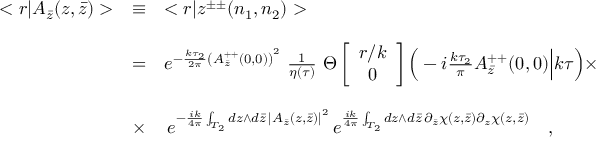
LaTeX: \begin{array} { r c l } { { < r | A _ { \bar { z } } ( z , \bar { z } ) > } } & { { \equiv } } & { { < r | z ^ { \pm \pm } ( n _ { 1 } , n _ { 2 } ) > } } \\ { { } } & { { } } & { { } } \\ { { } } & { { = } } & { { e ^ { - \frac { k \tau _ { 2 } } { 2 \pi } \left( A _ { \bar { z } } ^ { + + } ( 0 , 0 ) \right) ^ { 2 } } \ \frac { 1 } { \eta ( \tau ) } \ \Theta \left[ \begin{array} { c } { { r / k } } \\ { { 0 } } \end{array} \right] \Big ( - i \frac { k \tau _ { 2 } } { \pi } A _ { \bar { z } } ^ { + + } ( 0 , 0 ) \Big | k \tau \Big ) \times } } \\ { { } } & { { } } & { { } } \\ { { } } & { { \times } } & { { \, e ^ { - \frac { i k } { 4 \pi } \int _ { T _ { 2 } } d z \wedge d \bar { z } \, \left| A _ { \bar { z } } ( z , \bar { z } ) \right| ^ { 2 } } \, e ^ { \frac { i k } { 4 \pi } \int _ { T _ { 2 } } d z \wedge d \bar { z } \, \partial _ { \bar { z } } \chi ( z , \bar { z } ) \partial _ { z } \chi ( z , \bar { z } ) } \ \ \ , } } \end{array}